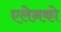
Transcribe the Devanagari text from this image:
एलेनको